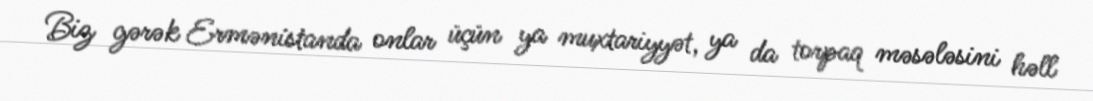
Biz gərək Ermənistanda onlar üçün ya muxtariyyət, ya da torpaq məsələsini həll